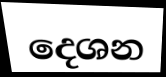
දෙශන